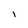
Character: i